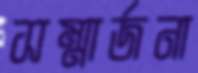
সম্মার্জনা